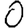
Digit: 0